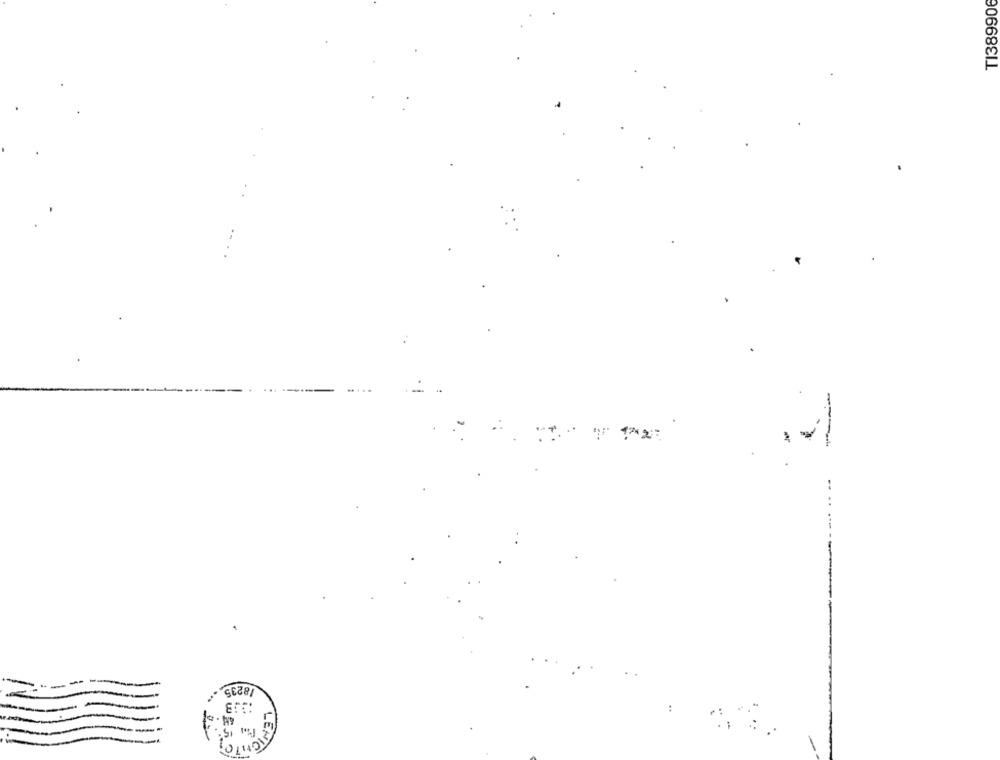
TI389906
-:
18235
...